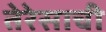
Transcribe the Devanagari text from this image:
तेरेसाची